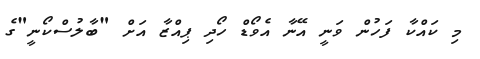
މި ކައްކާ ފަހުން ވަނީ އޭނާ އެވޯޑް ހޯދި ޕިއްޒާ އަށް "ބާލުސްކޯނީ"ގެ